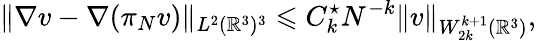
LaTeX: \| \nabla v-\nabla(\pi_{N}v)\| _{L^{2}({\mathbb R}^{3})^{3}}\leqslant C_{k}^{\star}N^{-k}\| v\| _{W_{2k}^{k+1}({\mathbb R}^{3})},